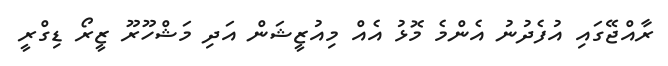
ރާއްޖޭގައި އުފެދުނު އެންމެ މޮޅު އެއް މިއުޒީޝަން އަދި މަޝްހޫރޫ ޒީރޯ ޑިގްރީ